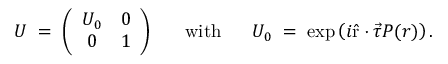
U \; = \; \left( \begin{array} { c c } { { U _ { 0 } } } & { { 0 } } \\ { { 0 } } & { { 1 } } \end{array} \right) ~ ~ ~ ~ ~ \mathrm { w i t h } ~ ~ ~ ~ ~ U _ { 0 } \; = \; \exp \left( i \hat { \mathrm { r } } \cdot \vec { \tau } P ( r ) \right) .